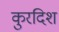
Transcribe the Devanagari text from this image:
कुरदिश